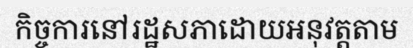
កិច្ចការនៅរដ្ឋសភាដោយអនុវត្តតាម